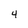
Character: 4